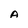
Character: A